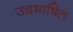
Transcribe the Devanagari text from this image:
उदभाषित